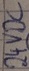
Text: 24VDC